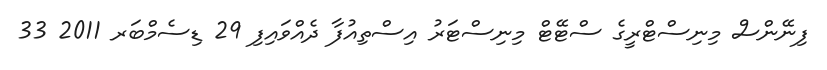
ފިނޭންސް މިނިސްޓްރީގެ ސްޓޭޓް މިނިސްޓަރު އިސްތިއުފާ ދެއްވައިފި 29 ޑިސެމްބަރ 2011 33